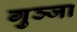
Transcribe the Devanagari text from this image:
गुञ्जा